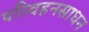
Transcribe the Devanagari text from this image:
परिवहनसाधन